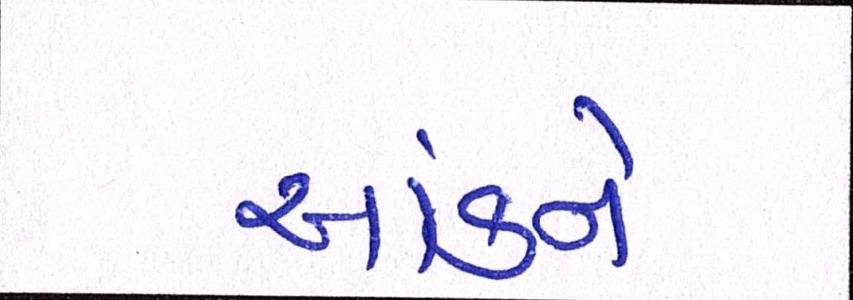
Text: આંકને